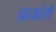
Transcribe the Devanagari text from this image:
प्रायवेसी